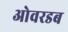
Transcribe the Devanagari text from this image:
ओवरडब